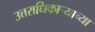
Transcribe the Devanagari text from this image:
उत्तराधिकाऱ्याच्या